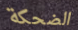
الضحكة